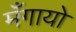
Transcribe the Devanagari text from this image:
मँगायो